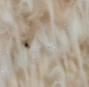
٠